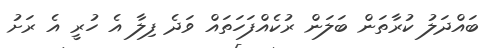
ބައްދަލު ކުރާތަން ބަލަން ރުކެއްފަހަތައް ވަދެ ފިލާ އެ ހުރީ އެ ރަށު